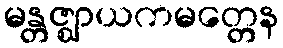
မန္တဇ္ဈာယကမတ္တေန